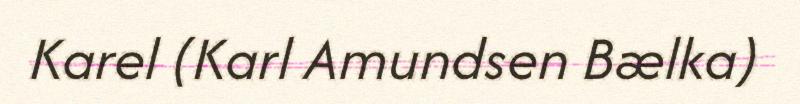
Karel (Karl Amundsen Bælka)